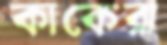
কাকেরা